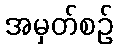
အမှတ်စဉ်